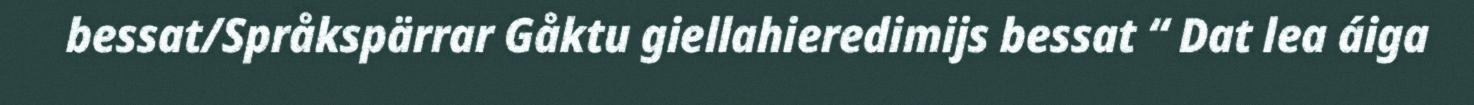
bessat/Språkspärrar Gåktu giellahieredimijs bessat “ Dat lea áiga